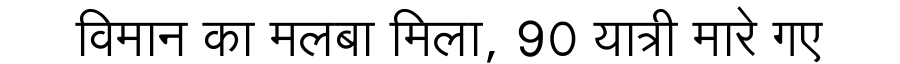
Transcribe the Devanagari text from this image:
विमान का मलबा मिला, 90 यात्री मारे गए